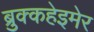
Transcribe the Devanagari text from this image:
ब्रुक्कहेइमेर